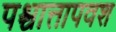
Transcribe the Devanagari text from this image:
पश्चात्तापवश